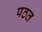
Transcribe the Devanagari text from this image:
पठत